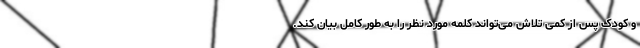
و کودک پس از کمی تلاش می‌تواند کلمه مورد نظر را به طور کامل بیان کند.